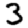
Digit: 3